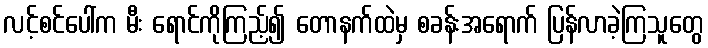
လင့်စင်ပေါ်က မီး ရောင်ကိုကြည့်၍ တောနက်ထဲမှ စခန်းအရောက် ပြန်လာခဲ့ကြသူတွေ